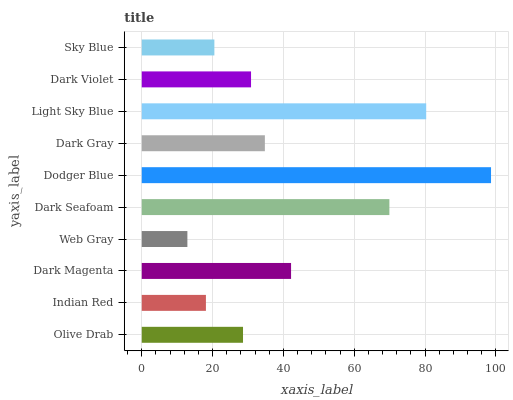
| yaxis_label | bars |
 | --- | --- |
 | Olive Drab | 28.6 |
 | Indian Red | 18.1 |
 | Dark Magenta | 42.2 |
 | Web Gray | 12.9 |
 | Dark Seafoam | 69.9 |
 | Dodger Blue | 98.6 |
 | Dark Gray | 34.8 |
 | Light Sky Blue | 80.3 |
 | Dark Violet | 30.9 |
 | Sky Blue | 20.5 |